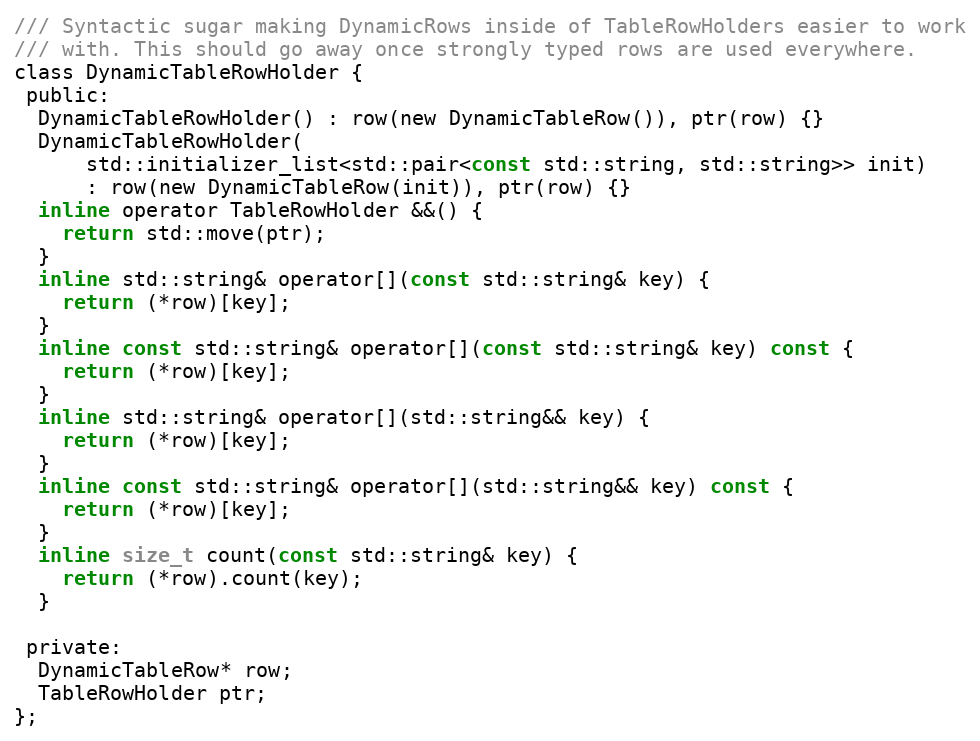
Language: C
/// Syntactic sugar making DynamicRows inside of TableRowHolders easier to work
/// with. This should go away once strongly typed rows are used everywhere.
class DynamicTableRowHolder {
 public:
  DynamicTableRowHolder() : row(new DynamicTableRow()), ptr(row) {}
  DynamicTableRowHolder(
      std::initializer_list<std::pair<const std::string, std::string>> init)
      : row(new DynamicTableRow(init)), ptr(row) {}
  inline operator TableRowHolder &&() {
    return std::move(ptr);
  }
  inline std::string& operator[](const std::string& key) {
    return (*row)[key];
  }
  inline const std::string& operator[](const std::string& key) const {
    return (*row)[key];
  }
  inline std::string& operator[](std::string&& key) {
    return (*row)[key];
  }
  inline const std::string& operator[](std::string&& key) const {
    return (*row)[key];
  }
  inline size_t count(const std::string& key) {
    return (*row).count(key);
  }

 private:
  DynamicTableRow* row;
  TableRowHolder ptr;
};